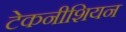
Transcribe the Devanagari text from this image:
टेकनीशियन